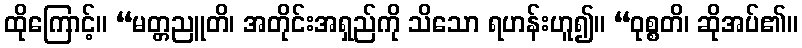
ထိုကြောင့်။ “မတ္တညူတိ၊ အတိုင်းအရှည်ကို သိသော ရဟန်းဟူ၍။ “ဝုစ္စတိ၊ ဆိုအပ်၏။